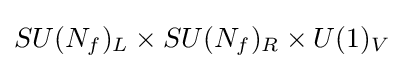
SU(N_{f})_{L}\times SU(N_{f})_{R}\times U(1)_{V}